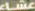
عشه